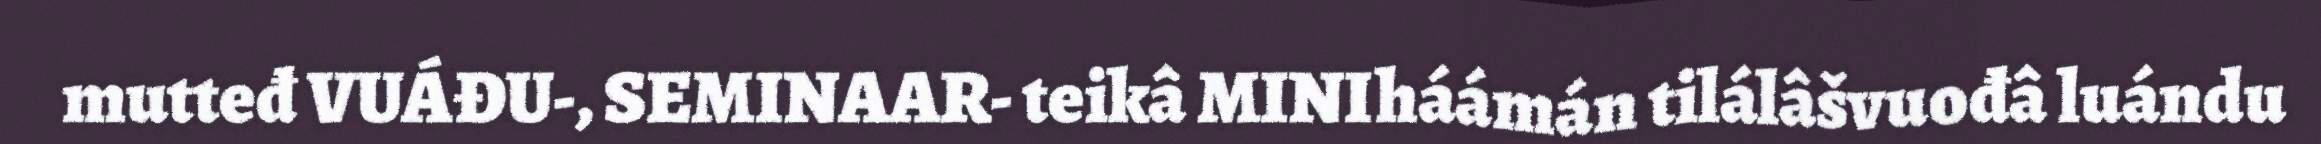
mutteđ VUÁĐU-, SEMINAAR- teikâ MINIháámán tilálâšvuođâ luándu